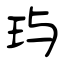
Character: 玙